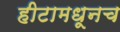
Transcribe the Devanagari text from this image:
हीटामधूनच